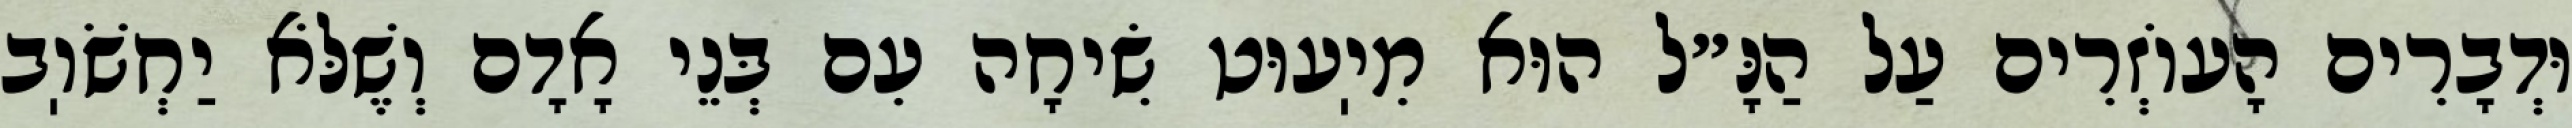
וּדְבָרִים הָעוֹזְרִים עַל הַנָּ״ל הוּא מִיֽעוּט שִׂיחָה עִם בְּנֵי אָדָם וְשֶׁלֹּא יַחְשֹׁוֽב